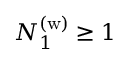
N _ { 1 } ^ { ( \mathrm { w ) } } \geq 1